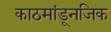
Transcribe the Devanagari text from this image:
काठमांडूनजिक